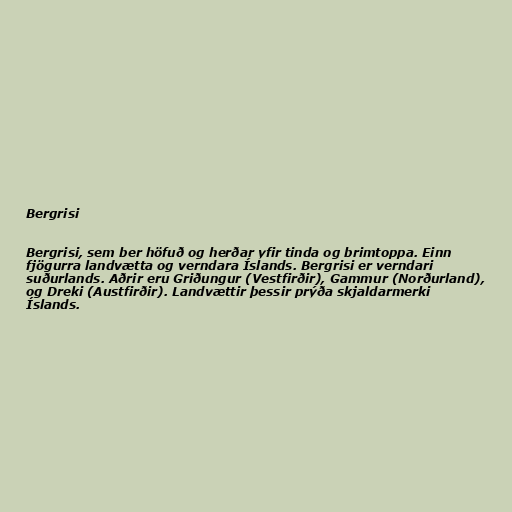
Bergrisi

Bergrisi, sem ber höfuð og herðar yfir tinda og brimtoppa. Einn
fjögurra landvætta og verndara Íslands. Bergrisi er verndari
suðurlands. Aðrir eru Griðungur (Vestfirðir), Gammur (Norðurland),
og Dreki (Austfirðir). Landvættir þessir prýða skjaldarmerki
Íslands.